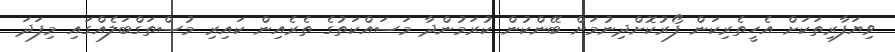
ވިޔަފާރިތަކަށް އެހީތެރިކަން ފޯރުކޮށްދިނުމަށް ބޭންކުން ކުރަމުންދާ މަސައްކަތުގެ ތެރެއިން ކައިރި މުސްތަގްބަލެއްގައި މިފަދަ